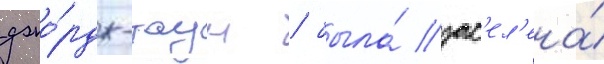
джо́рдж-таун / была́ зас'ел'ена́